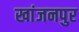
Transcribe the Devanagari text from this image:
खांजनपुर